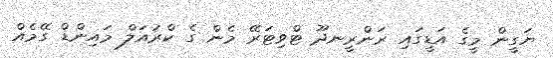
ޔަގީން މީގެ އަޑީގައި ރަންރީނދޫ ޓްވިޓަރޭ މެން ގެ ކްރުއަލް މައިންޑް ގޭމެއް